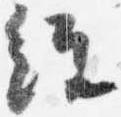
経